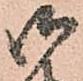
御